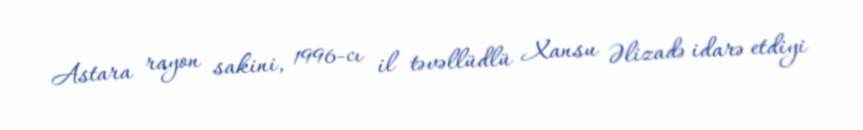
Astara rayon sakini, 1996-cı il təvəllüdlü Xansu Əlizadə idarə etdiyi